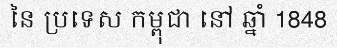
នៃ ប្រទេស កម្ពុជា នៅ ឆ្នាំ 1848